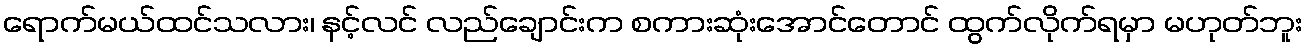
ရောက်မယ်ထင်သလား၊ နင့်လင် လည်ချောင်းက စကားဆုံးအောင်တောင် ထွက်လိုက်ရမှာ မဟုတ်ဘူး